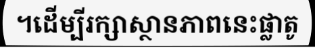
។ដើម្បីរក្សាស្ថានភាពនេះផ្លាតូ